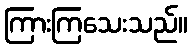
ကြားကြသေးသည်။